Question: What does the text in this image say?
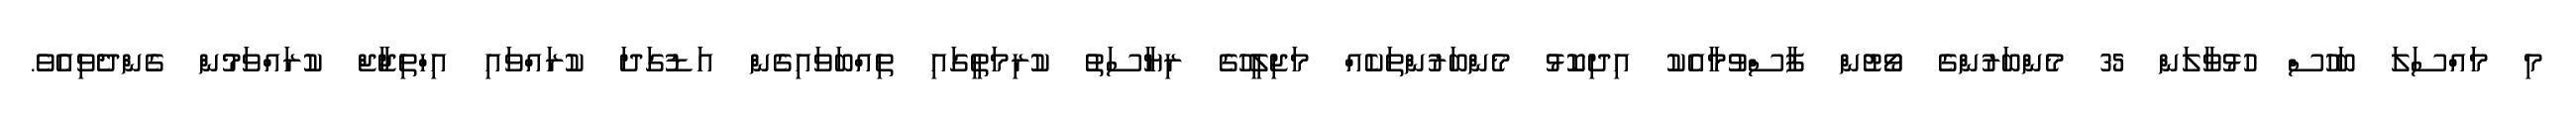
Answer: މި މައްސަލަ ބަހުސް ހުޅުވާލަން 35 މެންބަރުންގެ ވޯޓުން ފާސްވުމާއެކު އިދިކޮޅު މެންބަރުންތަކެއް މަޖިލީހުގެ ރިޔާސަތު ކުރިމަތީގައި ތިއްބަވައިގެން އަޑުގަދަ ކުރައްވައި އިހްތިޖާޖް ކުރައްވަމުން ގެންދެވިއެވެ.